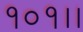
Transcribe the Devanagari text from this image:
१०१।।